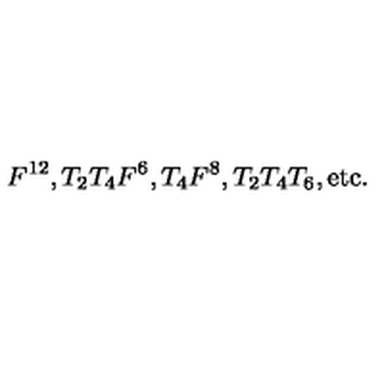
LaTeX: F ^ { 1 2 } , T _ { 2 } T _ { 4 } F ^ { 6 } , T _ { 4 } F ^ { 8 } , T _ { 2 } T _ { 4 } T _ { 6 } , \mathrm { e t c . }